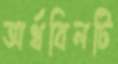
অর্থবিলটি